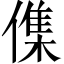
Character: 𠍱